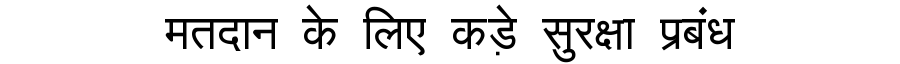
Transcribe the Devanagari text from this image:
मतदान के लिए कड़े सुरक्षा प्रबंध